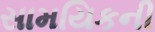
સામયિકની